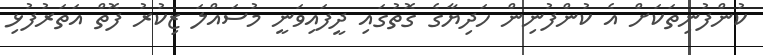
ކުންފުނިތަކަށް އެ ކުންފުނިން ހަދިޔާގެ ގޮތުގައި ދީފައިވަނީ މުސައްލަ ޒިކުރު ފޮތް އަތަރުފުޅި